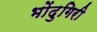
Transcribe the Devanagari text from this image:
भोंदुगिरी